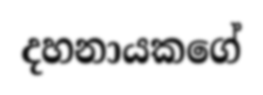
දහනායකගේ